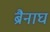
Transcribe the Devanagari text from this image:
ब्रैनाघ